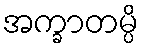
အက္ခာတမ္ပိ